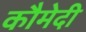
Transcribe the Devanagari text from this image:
कौमेदी